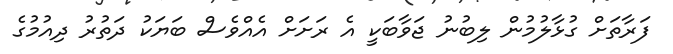
ފަރާތަށް ގުޅާލުމުން ލިބުނު ޖަވާބަކީ އެ ރަށަށް އެއްވެސް ބަޔަކު ދަތުރު ދިއުމުގެ